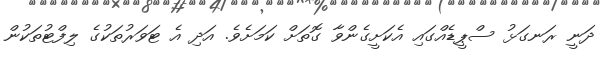
ދަނީ ރަނގަޅު ސްޕީޑެއްގައި އެކަށީގެންވާ ގޮތަށް ކަމަށެވެ. އަދި އެ ޓަވަރުތަކުގެ ލިފްޓުތަކުން